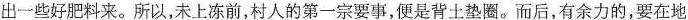
出一些好肥料来。所以，未上冻前，村人的第一宗要事，便是背土垫圈。而后，有余力的，要在地